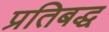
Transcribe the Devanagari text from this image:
प्रतिबद्ध